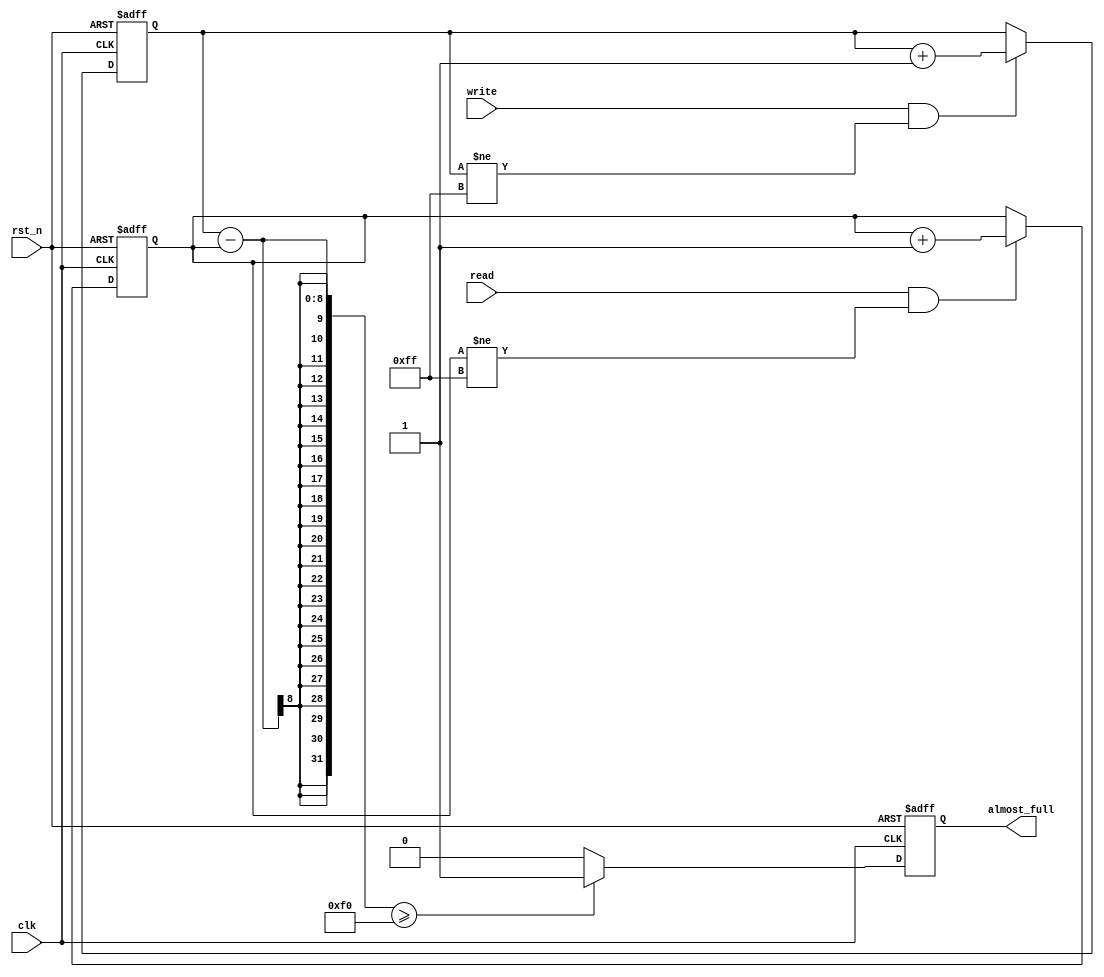
module Almost_Full_FIFO(
    input clk,
    input rst_n,
    input write,
    input read,
    output almost_full
);

reg [7:0] write_ptr;
reg [7:0] read_ptr;

parameter BUFFER_SIZE = 256;
parameter ALMOST_FULL_THRESHOLD = BUFFER_SIZE - 16;

always @ (posedge clk or negedge rst_n) begin
    if (~rst_n) begin
        write_ptr <= 8'b0;
        read_ptr <= 8'b0;
        almost_full <= 1'b0;
    end else begin
        if (write && (write_ptr != BUFFER_SIZE-1))
            write_ptr <= write_ptr + 1;
        if (read && (read_ptr != BUFFER_SIZE-1))
            read_ptr <= read_ptr + 1;
        
        if ((write_ptr - read_ptr) >= ALMOST_FULL_THRESHOLD)
            almost_full <= 1'b1;
        else
            almost_full <= 1'b0;
    end
end

endmodule